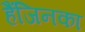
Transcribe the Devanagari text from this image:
हैंजिनका